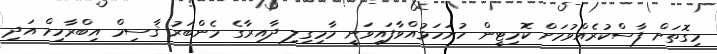
މިގޮތަށް ފާސްކުރެއްވުމަށް ކޮމިޓީން ހުށަހަޅުއްވާފައިވަނީ މާމިގިލި ދާއިރާގެ މެންބަރު ޤާސިމް އިބްރާހިމް އަދި